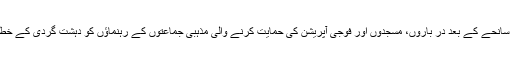
جامعہ نعیمیہ کے سانحے کے بعد در باروں، مسجدوں اور فوجی آپریشن کی حمایت کرنے والی مذہبی جماعتوں کے رہنماؤں کو دہشت گردی کے خطرات کا سامنا ہے۔